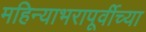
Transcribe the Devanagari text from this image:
महिन्याभरापूर्वीच्या